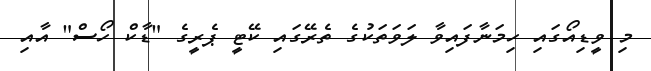
މި ވީޑިއޯގައި ހިމަނާފައިވާ ލަވަތަކުގެ ތެރޭގައި ކޭޓީ ޕެރީގެ "ޑާކް ހޯސް" އާއި